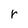
Character: r